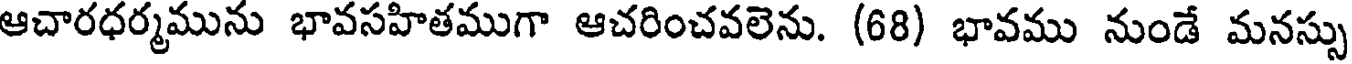
ఆచారధర్మమును భావసహితముగా ఆచరించవలెను. (68) భావము నుండే మనస్సు